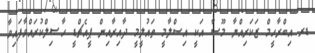
ޑރ އިބްރާހީމް ޒަކަރިއްޔާ މޫސާ އަކީ އިސްލާމީ ތައުލީމީ ދާއިރާއިން ޕީއެޗްޑީ ހާޞިލްކުރައްވާފައިވާ